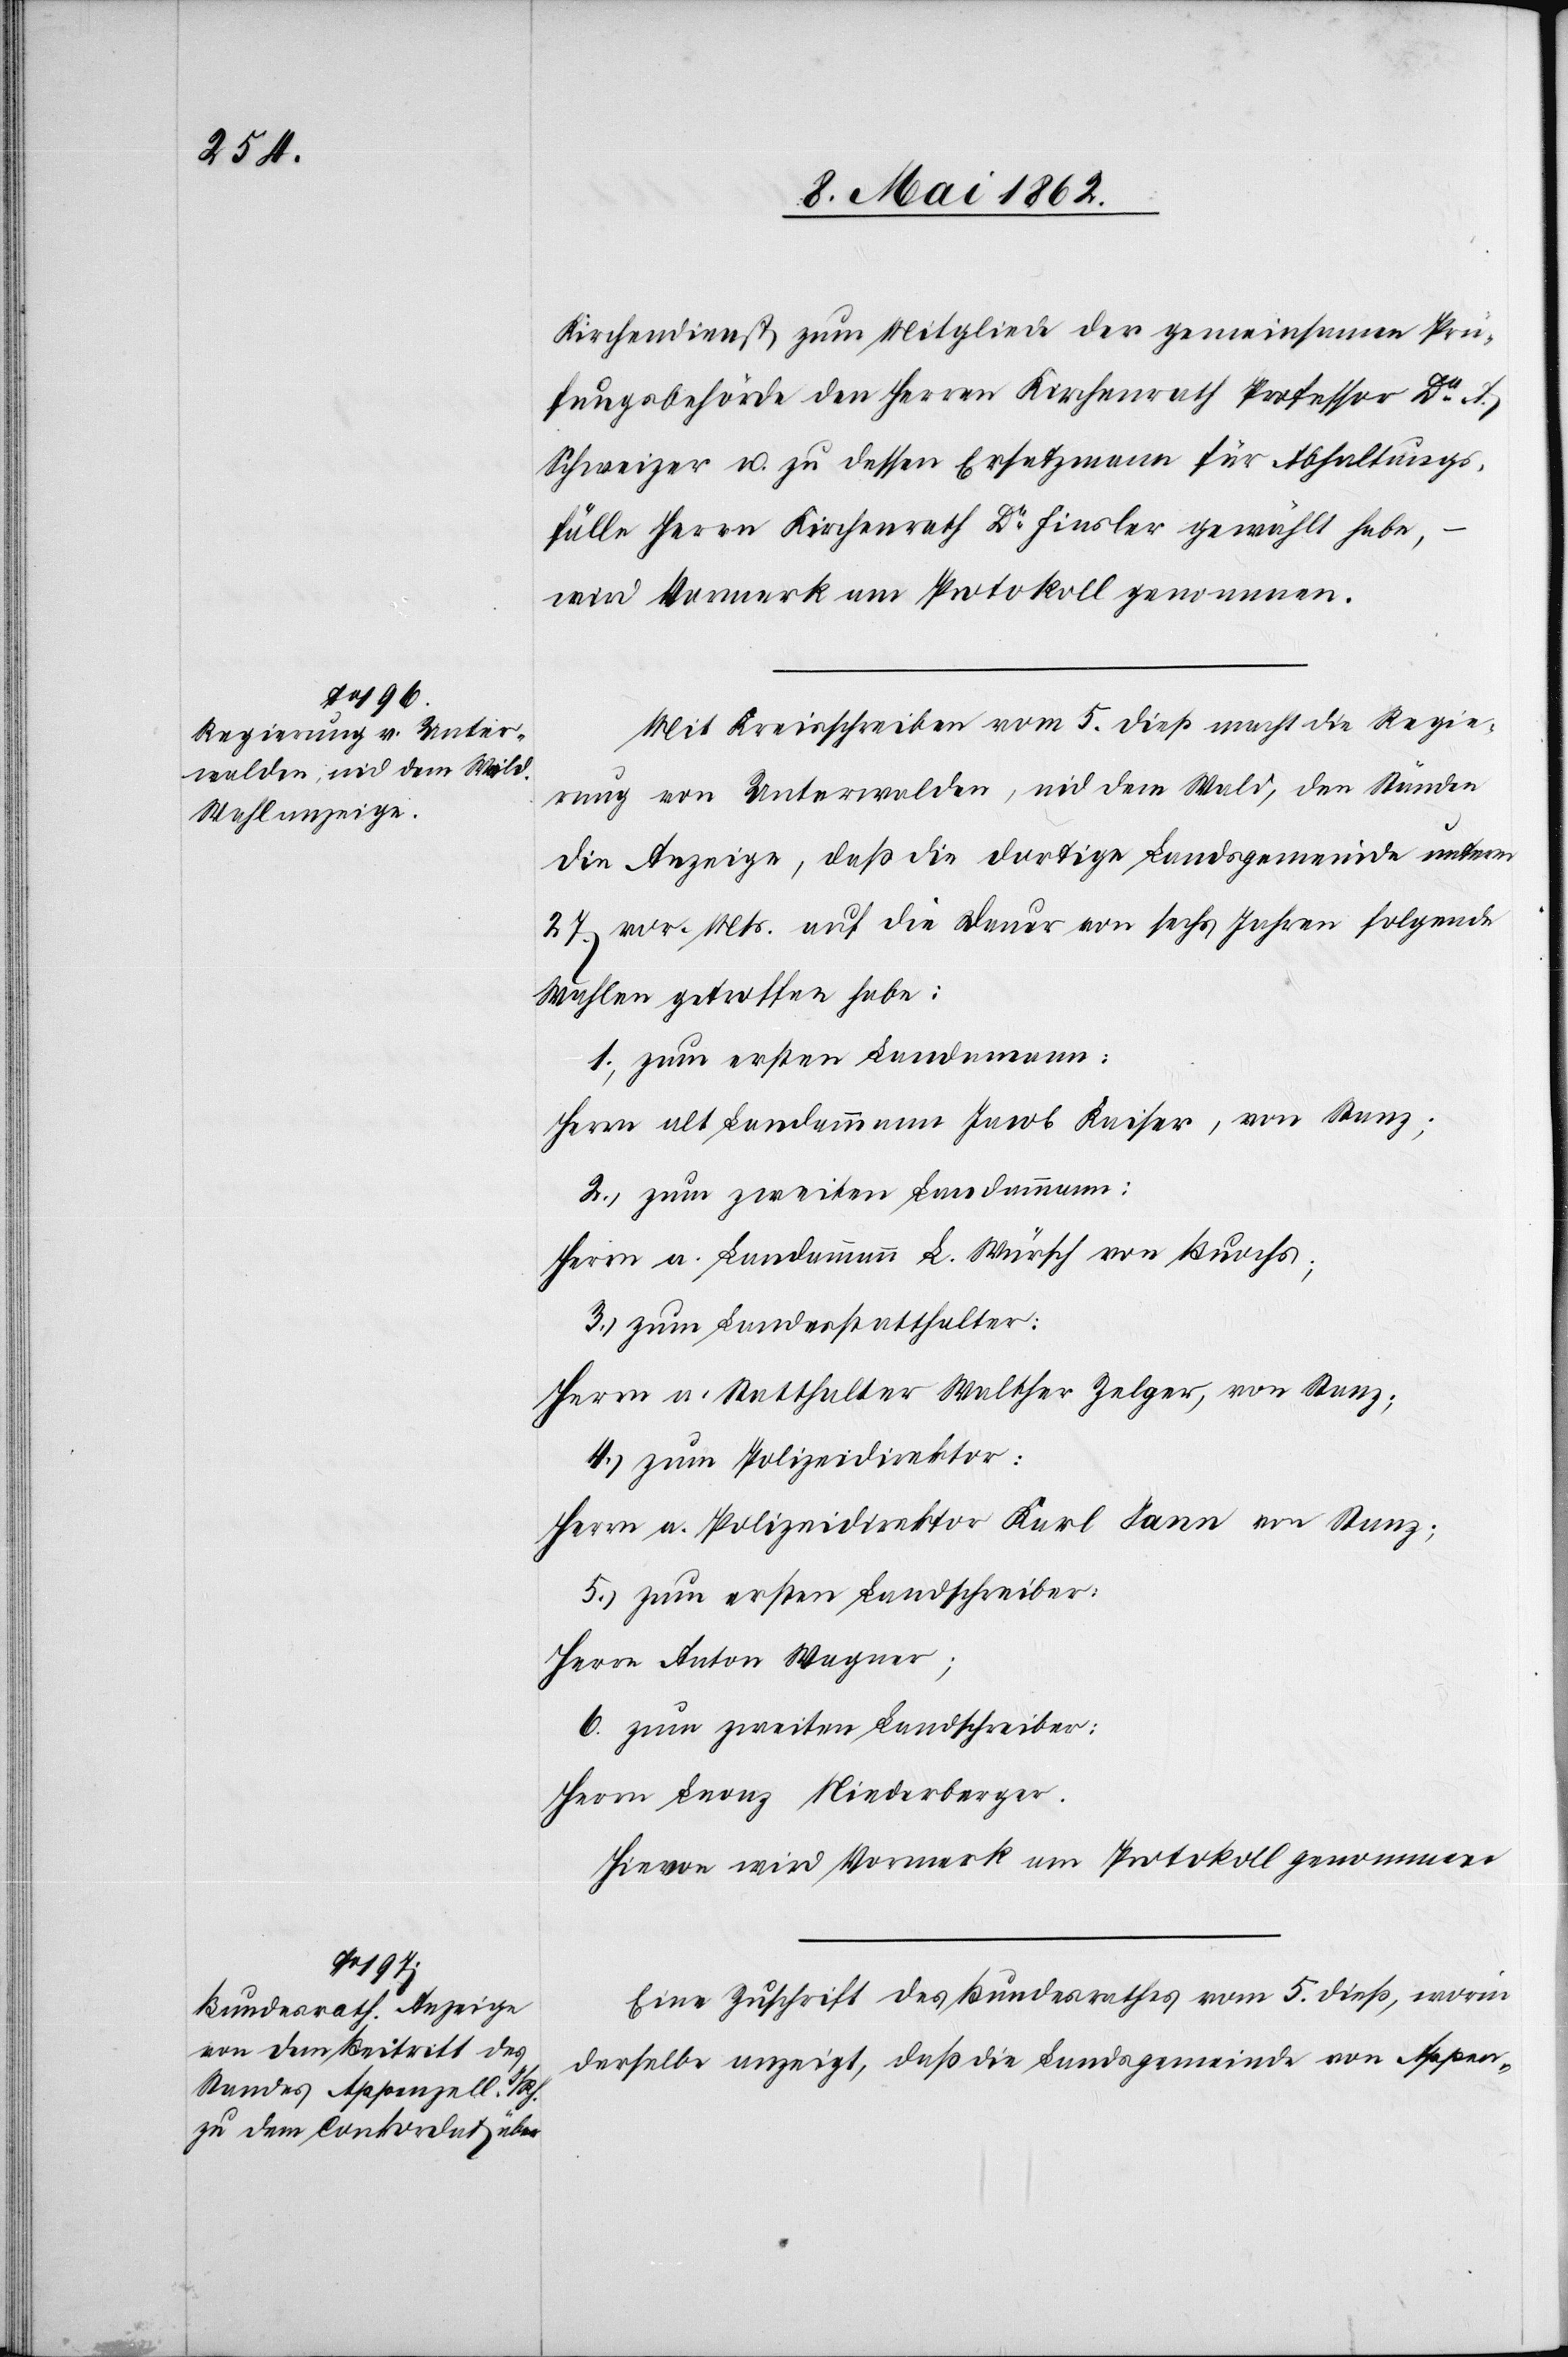
dortige

Kirchendienst zum Mitgliede der gemeinsamen Prü¬
fungsbehörde den Herrn Kirchenrath Professor Dr. A.
Schweizer u. zu dessen Ersatzmann für Abhaltungs¬
fälle Herrn Kirchenrath Dr. Finsler gewählt habe,
wird Vormerk am Protokoll genommen.
Mit Kreisschreiben vom 5. dieß macht die Regie¬
rung von Unterwalden, nid dem Wald, den Ständen
27. vor. Mts. auf die Dauer von sechs Jahren folgende
Wahlen getroffen habe:
1. zum ersten Landam[m]ann:
Herrn alt Landammann Jacob Kaiser, von Stanz;
2. zum zweiten Landammann:
Herrn a. Landammann L. Würsch von Buochs;
3. zum Landesstatthalter:
Herrn a. Statthalter Walther Zelger, von Stanz;
4. zum Polizeidirektor:
Herrn a. Polizeidirektor Karl Jann von Stanz;
5. zum ersten Landschreiber:
Herrn Anton Wagner;
6. zum zweiten Landschreiber:
Herrn Leonz Niederberger.
Hievon wird Vormerk am Protokoll genommen.
Eine Zuschrift des Bundesrathes vom 5. dieß, worin
derselbe anzeigt, daß die Landsgemeinde von Appen-